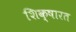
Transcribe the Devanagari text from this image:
शिक्षारत